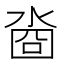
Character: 㴅